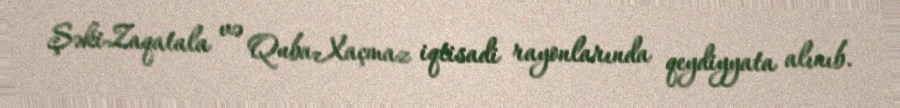
Şəki-Zaqatala və Quba-Xaçmaz iqtisadi rayonlarında qeydiyyata alınıb.